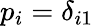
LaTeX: p_{i}=\delta_{i1}